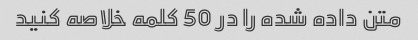
متن داده شده را در 50 کلمه خلاصه کنید